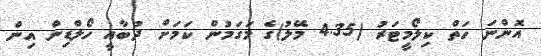
އޮންނަ ހަތް ކިލޯމީޓަރު (4.35 މޭލު)ގެ މަގަމުން ކަމަށް ދުބާއީ ހޯލްޑިން އިން